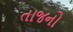
તાજનો